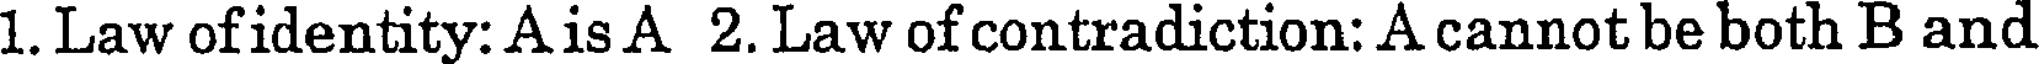
1. Law ofidentity: A is A 2. Law of contradiction: A cannot be both B and